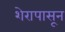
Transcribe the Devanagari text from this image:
शेरापासून